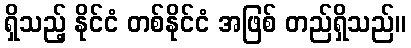
ရှိသည့် နိုင်ငံ တစ်နိုင်ငံ အဖြစ် တည်ရှိသည်။